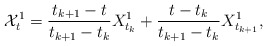
\begin{align*}\mathcal{X}^{1}_t=\frac{t_{k+1}-t}{t_{k+1}-t_k}{X}^{1}_{t_k}+\frac{t-t_k}{t_{k+1}-t_k}{X}^{1}_{t_{k+1}},\end{align*}